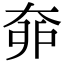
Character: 𡘣